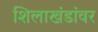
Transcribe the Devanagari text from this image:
शिलाखंडांवर